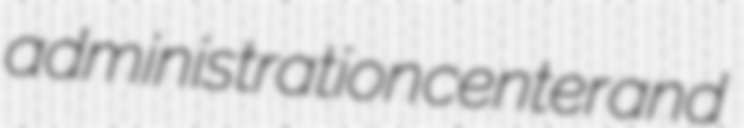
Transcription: administration center and